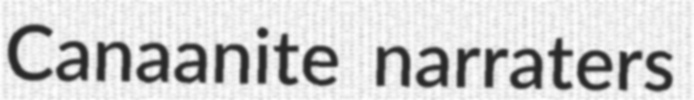
Canaanite narraters